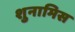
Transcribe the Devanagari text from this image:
शुनामिस